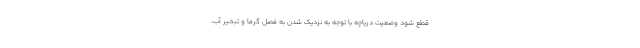
قطع شود وضعیت دریاچه با توجه به نزدیک شدن به فصل گرما و تبخیر آب،